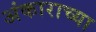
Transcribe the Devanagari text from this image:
अंकाराच्या